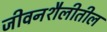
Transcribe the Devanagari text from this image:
जीवनशैलीतील